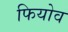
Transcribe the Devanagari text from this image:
फियोव